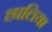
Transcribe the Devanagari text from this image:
छालिया